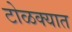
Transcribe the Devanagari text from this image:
टोळक्यात